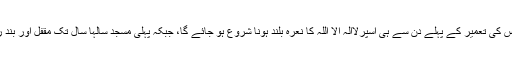
کیونکہ اس کی تعمیر کے پہلے دن سے ہی اسپرلااِلٰہَ الَّا اللّٰہُ کا نعرہ بلند ہونا شروع ہو جائے گا، جبکہ پہلی مسجد سالہا سال تک مقفل اور بند رہی ہے ۔